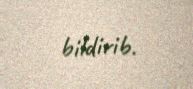
bildirib.